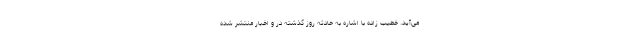
می‌آید. خطیب زاده با اشاره به حادثه روز گذشته در و اخبار منتشر شده